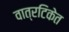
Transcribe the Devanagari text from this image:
वात्रटिकेत